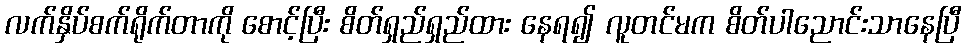
လက်နှိပ်စက်ရိုက်တာကို စောင့်ပြီး စိတ်ရှည်ရှည်ထား နေရ၍ လူတင်မက စိတ်ပါညောင်းသာနေပြီ